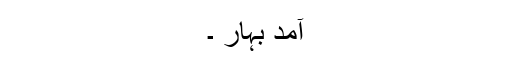
آمدِ بہار ۔